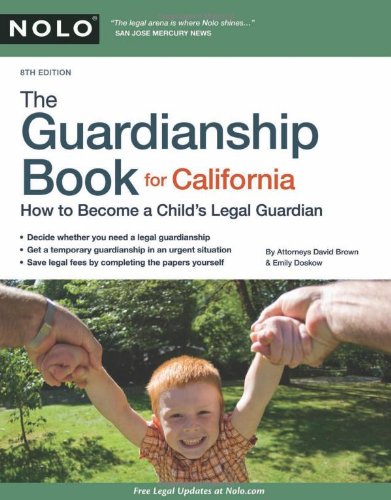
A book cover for The Guardianship Book for California: How to Become a Child's Legal Guardian; David Brown Attorney; Law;